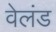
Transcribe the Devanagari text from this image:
वेलंड